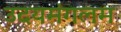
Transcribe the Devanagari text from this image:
उदयमंगलम